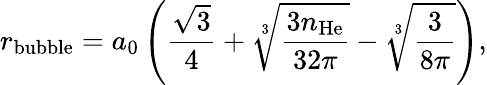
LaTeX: r_{\mathrm{bubble}}=a_{0}\left(\frac{\sqrt{3}}{4}+\sqrt[3]{\frac{3n_{\mathrm{He}}}{32\pi}}-\sqrt[3]{\frac{3}{8\pi}}\right),